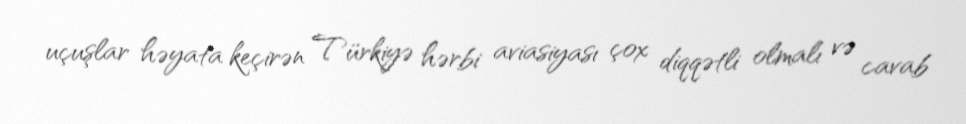
uçuşlar həyata keçirən Türkiyə hərbi aviasiyası çox diqqətli olmalı və cavab